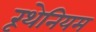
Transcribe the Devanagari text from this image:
रूथेनियम